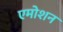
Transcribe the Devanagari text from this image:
एमोशन